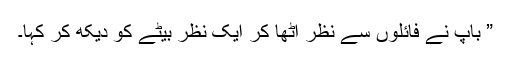
” باپ نے فائلوں سے نظر اٹھا کر ایک نظر بیٹے کو دیکھ کر کہا۔